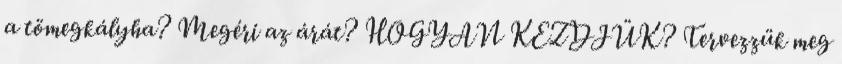
a tömegkályha? Megéri az árát? HOGYAN KEZDJÜK? Tervezzük meg